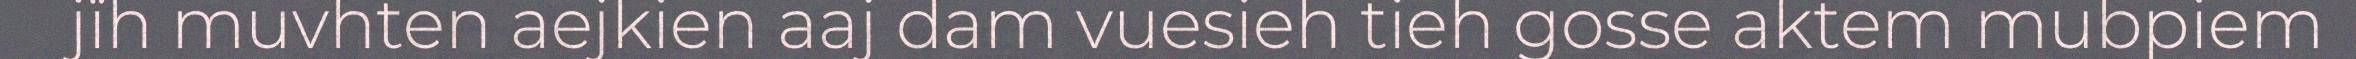
jïh muvhten aejkien aaj dam vuesieh tieh gosse aktem mubpiem